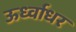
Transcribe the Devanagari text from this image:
ऊर्ध्‍वाधर